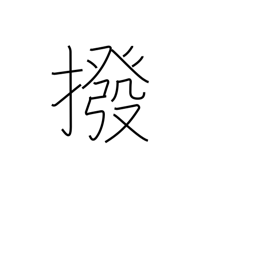
Meaning: exclude